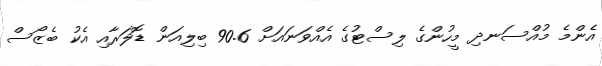
އެންމެ މުއްސަނދި މީހުންގެ ލިސްޓުގެ އެއްވަނައަށް 90.6 ބިލިއަން ޑޮލަރާއި އެކު ބެޒޯސް